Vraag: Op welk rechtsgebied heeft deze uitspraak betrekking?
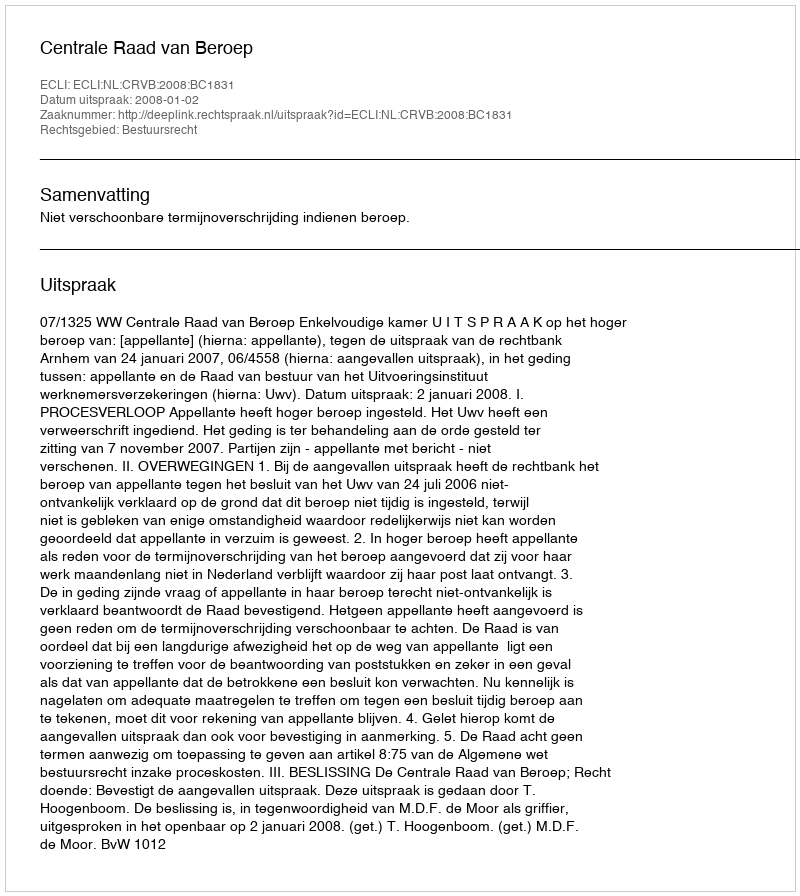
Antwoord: Bestuursrecht